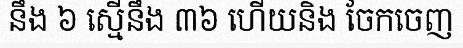
នឹង ៦ ស្មើនឹង ៣៦ ហើយនិង ចែកចេញ